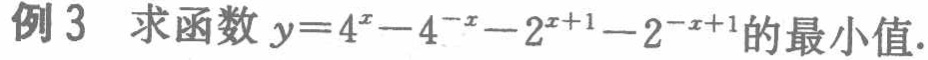
例 3 求函数 \(y = 4^{x}-4^{-x}-2^{x + 1}-2^{-x + 1}\)的最小值.